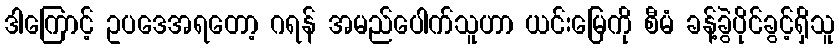
ဒါကြောင့် ဥပဒေအရတော့ ဂရန် အမည်ပေါက်သူဟာ ယင်းမြေကို စီမံ ခန့်ခွဲပိုင်ခွင့်ရှိသူ